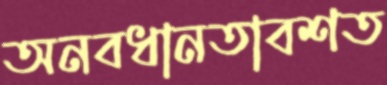
অনবধানতাবশত